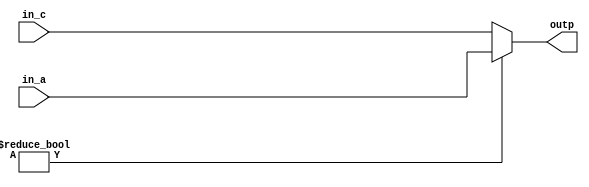
module CND_NS_MBEX (outp,in_a,in_c);
   output reg [2:0] outp;
   input [2:0] in_a;
   input [2:0] in_c;
   reg [4:0] reg_b;
   always @(in_a or in_c or reg_b)
   begin
      if ( reg_b ) outp = in_a;
      else
      outp = in_c;
   end
endmodule